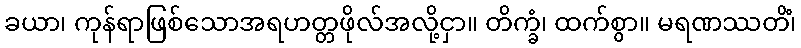
ခယာ၊ ကုန်ရာဖြစ်သောအရဟတ္တဖိုလ်အလို့ငှာ။ တိက္ခံ၊ ထက်စွာ။ မရဏဿတိံ၊